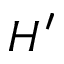
H ^ { \prime }